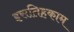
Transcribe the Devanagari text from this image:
इसतिहकाम